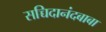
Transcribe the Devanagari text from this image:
सच्चिदानंदबाबा